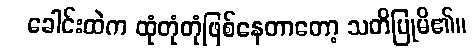
ခေါင်းထဲက ထုံတုံတုံဖြစ်နေတာတော့ သတိပြုမိ၏။